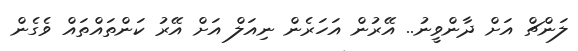
ލަންޗް އަށް ދާންވީނު.. އޭރުން އަހަރެން ނިއަލް އަށް އޭރު ކަންތައްތައް ވެގެން